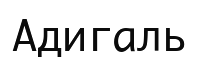
Адигаль